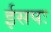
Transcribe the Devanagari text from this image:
ईसपः